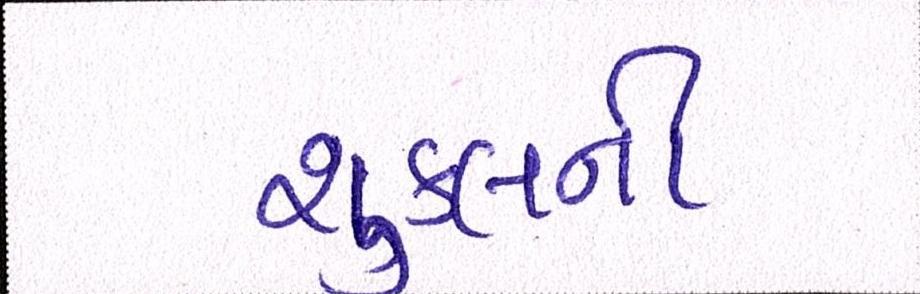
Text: શુક્લની